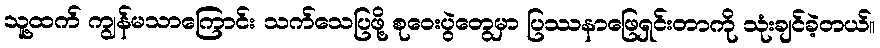
သူ့ထက် ကျွန်မသာကြောင်း သက်သေပြဖို့ စုဝေးပွဲတွေမှာ ပြဿနာဖြေရှင်းတာကို သုံးချင်ခဲ့တယ်။